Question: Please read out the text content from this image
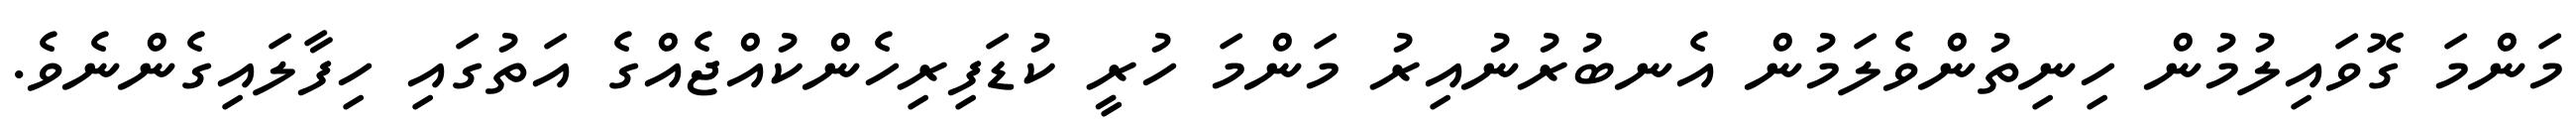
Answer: މަންމަ ގޮވައިލުމުން ހިނިތުންވެލަމުން އެނބުރުނުއިރު މަންމަ ހުރީ ކުޑަފިރިހެންކުއްޖެއްގެ އަތުގައި ހިފާލައިގެންނެވެ.